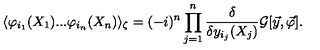
\langle \varphi _ { i _ { 1 } } ( X _ { 1 } ) . . . \varphi _ { i _ { n } } ( X _ { n } ) \rangle _ { \zeta } = ( - i ) ^ { n } \prod _ { j = 1 } ^ { n } \frac { \delta } { \delta y _ { i _ { j } } ( X _ { j } ) } { \cal G } [ \vec { y } , \vec { \varphi } ] \raisebox { - 2 . 8 5 m m } { \scriptsize { \vec { y } = 0 } } .